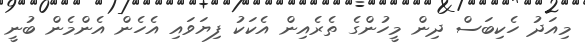
މިއަދު ހެކިބަސް ދިން މީހުންގެ ތެރެއިން އެކަކު ފިޔަވައި އެހެން އެންމެން ބުނީ